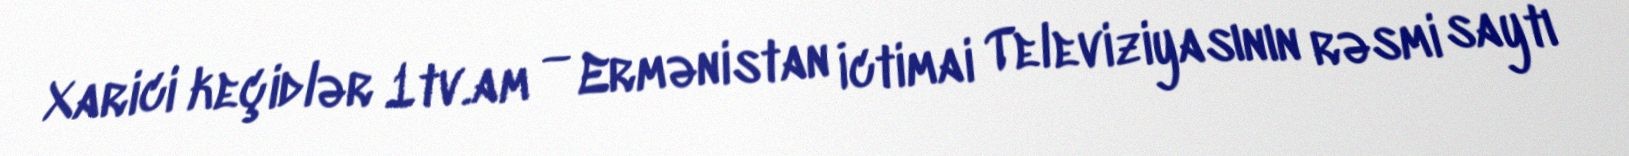
Xarici keçidlər 1tv.am — Ermənistan İctimai Televiziyasının rəsmi saytı